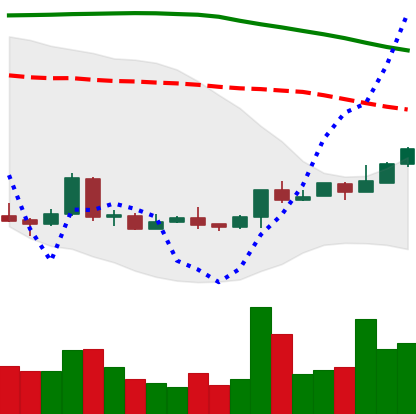
Ticker: LTC-USD
Chart end date: 2018-04-19
Forward return: 13.316%
Label: up_7plus